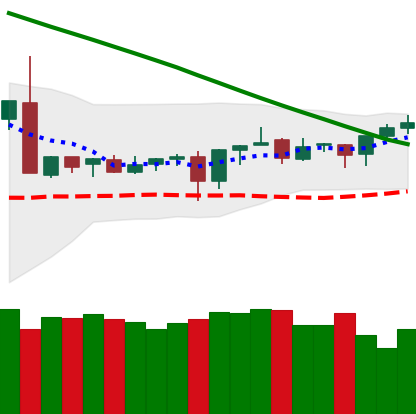
Ticker: XMR-USD
Chart end date: 2019-03-14
Forward return: 4.577%
Label: up_3_5